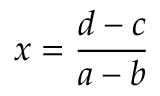
x = { \frac { d - c } { a - b } }